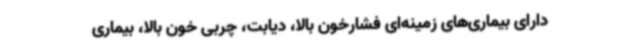
دارای بیماری‌های زمینه‌ای فشارخون بالا، دیابت، چربی خون بالا، بیماری